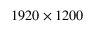
1 9 2 0 \times 1 2 0 0